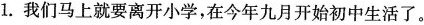
1.我们马上就要离开小学，在今年九月开始初中生活了。